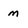
Character: m